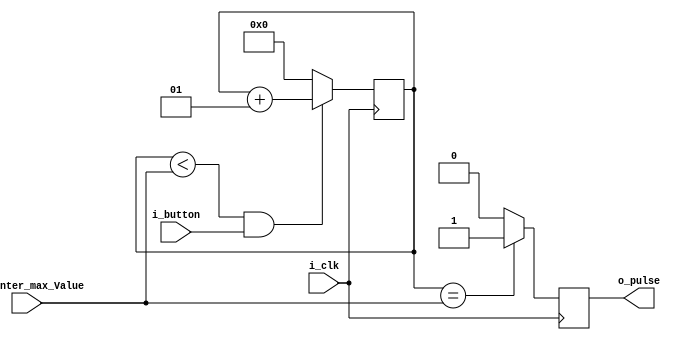
`timescale 1ns / 1ps
//////////////////////////////////////////////////////////////////////////////////
// Company: 
// Engineer: 
// 
// Design Name: 
// Module Name: pulseGen
// Project Name: 
// Target Devices: 
// Tool Versions: 
// Description: 
// 
// Dependencies: 
// 
// Revision:
// Revision 0.01 - File Created
// Additional Comments:
// 
//////////////////////////////////////////////////////////////////////////////////
`define clockFreq 100000000 //In Hertz
`define minPulseWidth 0.01

module pulseGen(
    input        i_clk,
    input        i_button,
    input [31:0] i_counter_max_Value,
    output reg   o_pulse
    );
    
integer counter=0;
localparam clockCount = `minPulseWidth*`clockFreq;
    
always @(posedge i_clk)
begin
    if((counter < i_counter_max_Value)&i_button)
        counter <= counter+1;
    else
        counter <= 0;
end
    
always @(posedge i_clk)
begin
    if(counter == i_counter_max_Value)
        o_pulse <= 1'b1;
    else
        o_pulse <= 1'b0;
end
    
endmodule